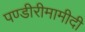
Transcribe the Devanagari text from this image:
पण्डीरीमामीदी